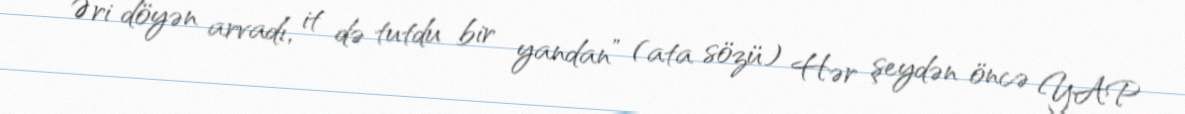
“Əri döyən arvadı, it də tutdu bir yandan” (ata sözü) Hər şeydən öncə YAP